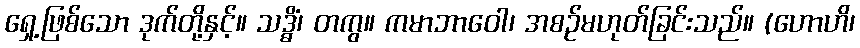
ရှေ့ဖြစ်သော ဒုက်တို့နှင့်။ သဒ္ဓိံ၊ တကွ။ ကမာဘာဝေါ၊ အစဉ်မဟုတ်ခြင်းသည်။ (ဟောဟိ၊